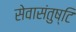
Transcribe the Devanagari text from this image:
सेवासंतुष्टि